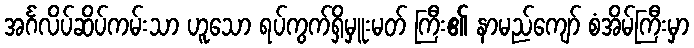
အင်္ဂလိပ်ဆိပ်ကမ်းသာ ဟူသော ရပ်ကွက်ရှိမှူးမတ် ကြီး၏ နာမည်ကျော် စံအိမ်ကြီးမှာ